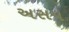
અસપ